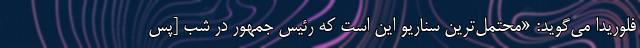
فلوریدا می‌گوید: «محتمل‌ترین سناریو این است که رئیس جمهور در شب [پس